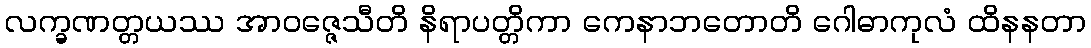
လက္ခဏတ္တယဿ အာဝဇ္ဇေသီတိ နိရာပတ္တိကာ ကေနာဘတောတိ ဂေါဓာကုလံ ထိနနတာ